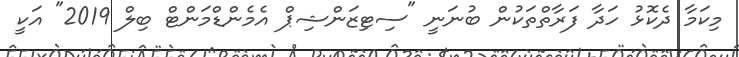
މިކަމާ ދެކޮޅު ހަދާ ފަރާތްތަކުން ބުނަނީ "ސިޓިޒަންޝިޕް އެމެންޑްމަންޓް ބިލް 2019" އަކީ